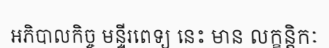
អភិបាលកិច្ច មន្ទីរពេទ្យ នេះ មាន លក្ខន្តិកៈ